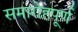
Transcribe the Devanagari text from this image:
समारोहपूर्ण